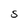
Character: S